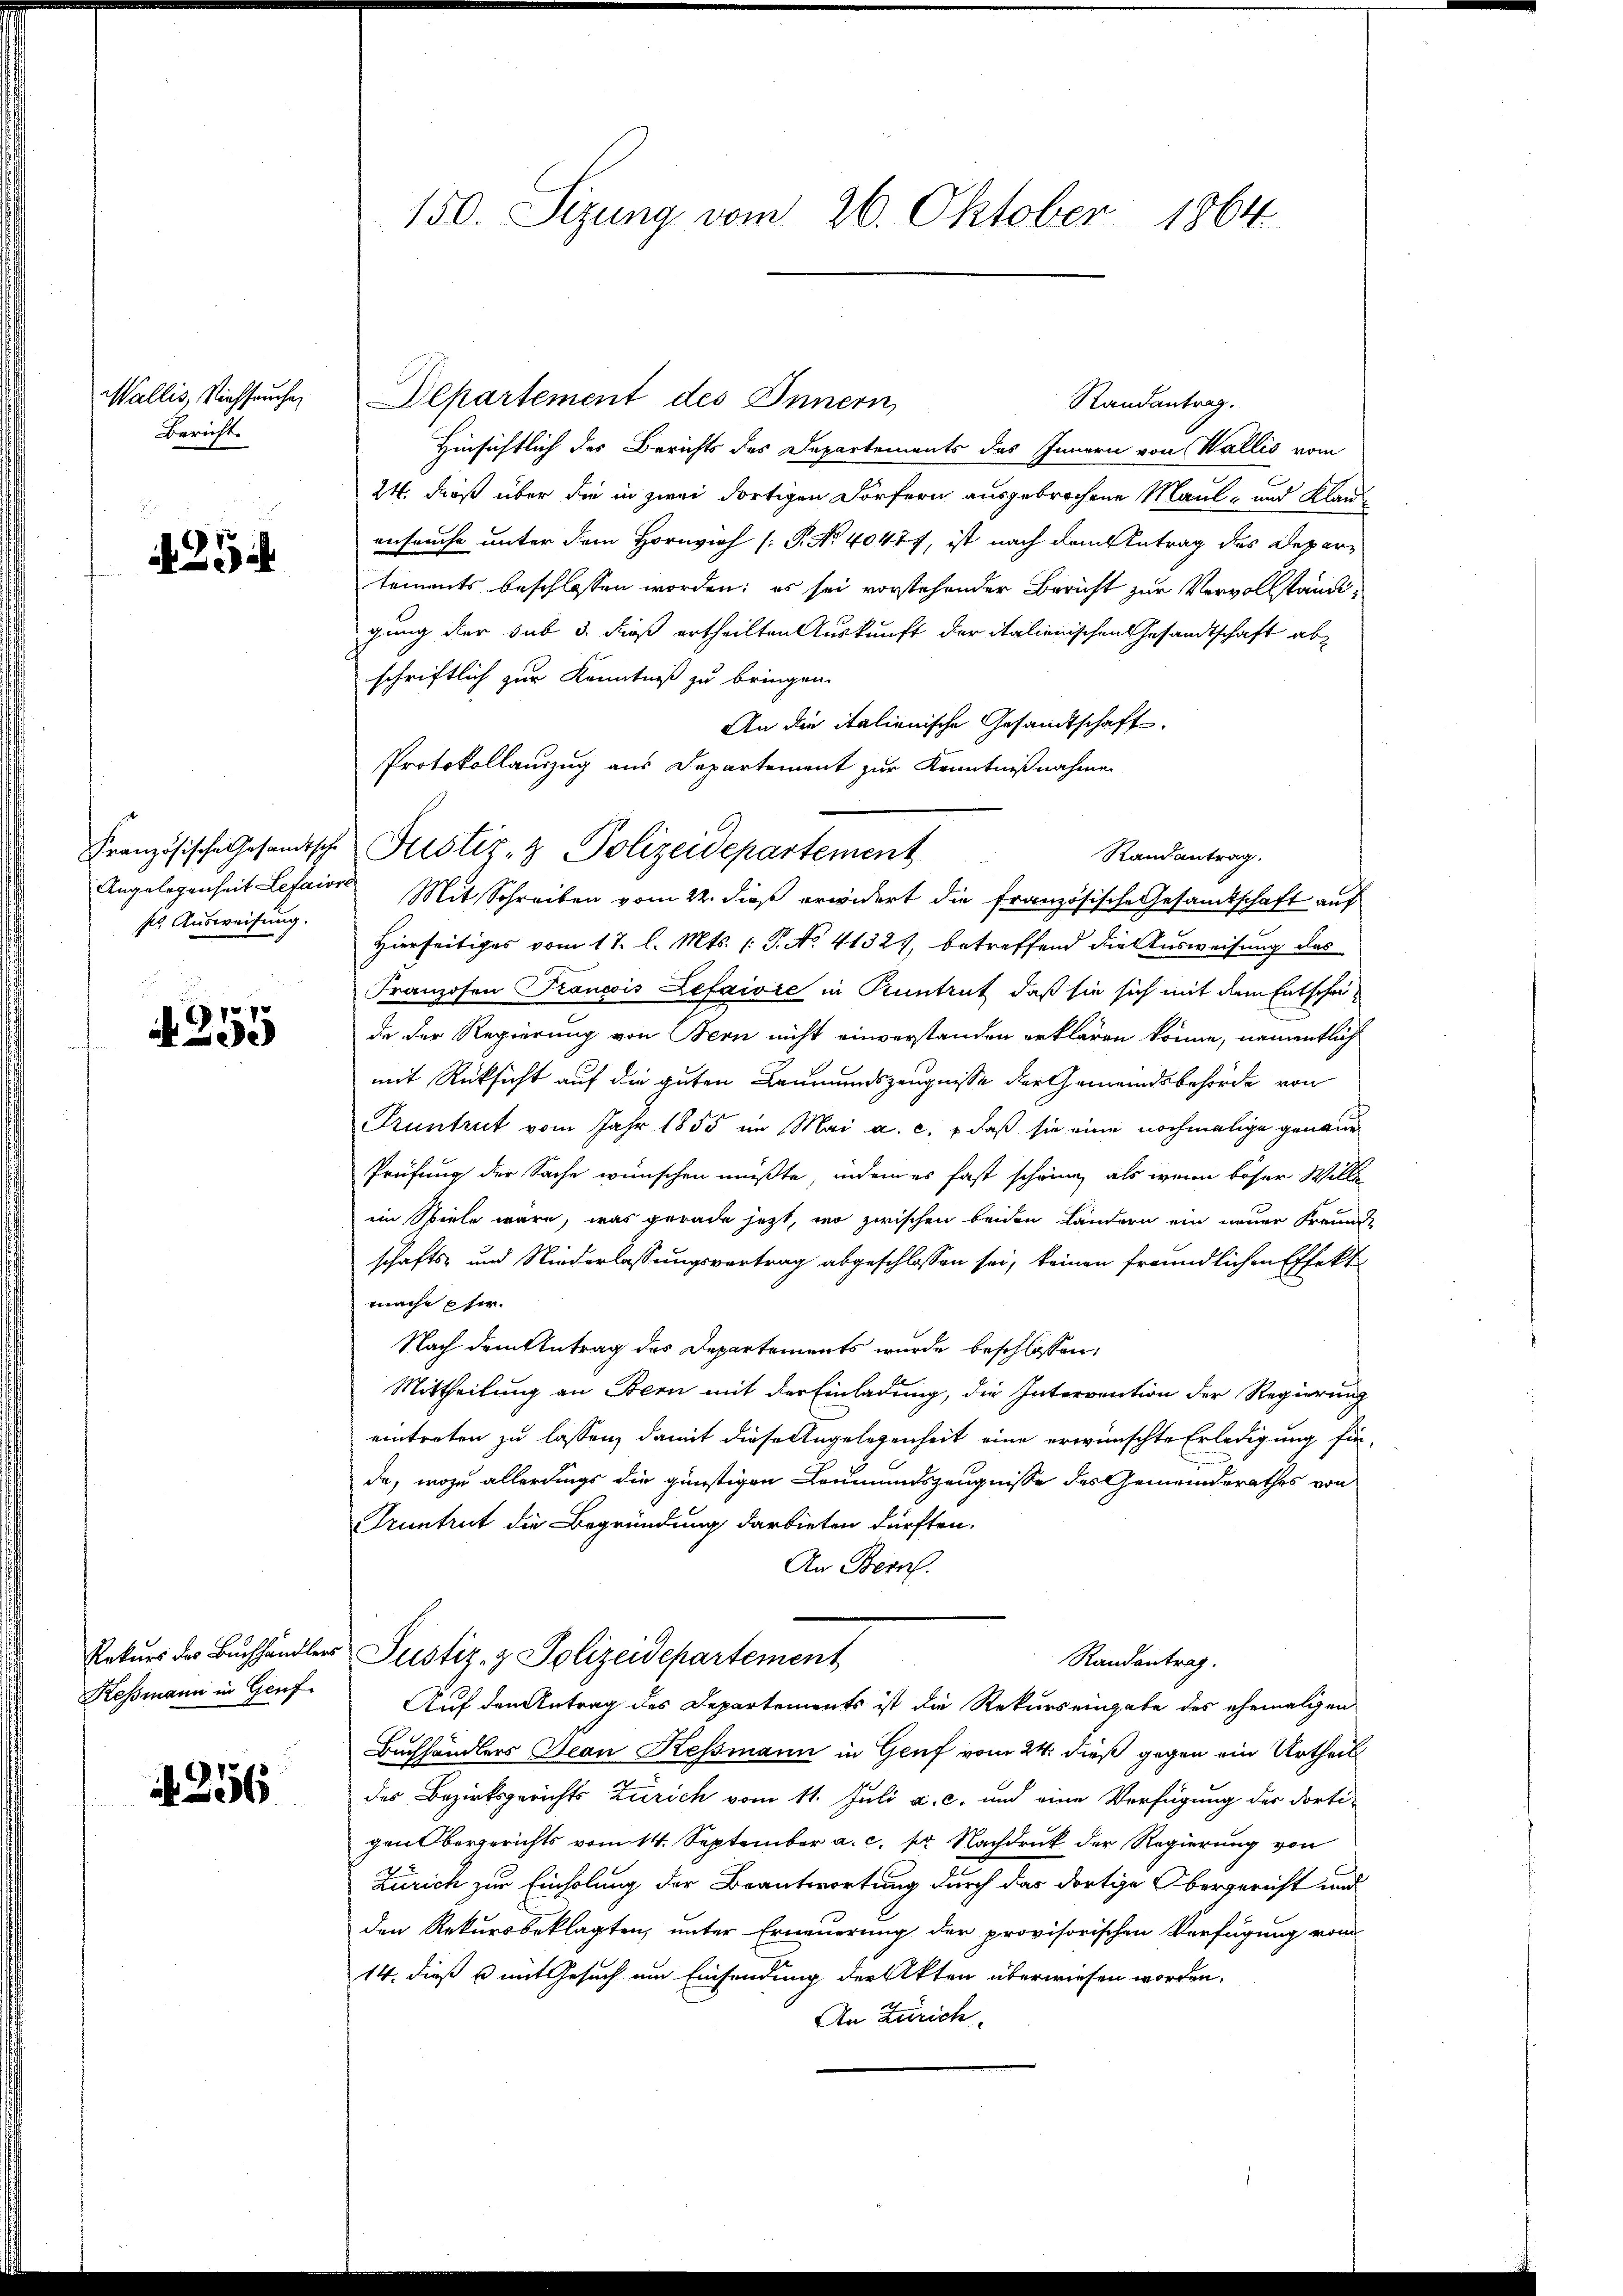
Wallis, Viehseuche
Bericht.

254

ser Ausweisung.

r

Ressmann in Genf

A 256

150. Sizung vom 26. Oktober 1864

Departement des Innern,
Randantrag.
Hinsichtlich des Berichts des Departements des Innern von Wallis vom
24. dieß über die in zwei dortigen Dörfern ausgebrochene Maul- und Klauenseuche unter dem Hornvieh (P. Nr. 40477, ist nach dem Antrag des Departements beschlossen worden; es sei vorstehender Bericht zur Vervollständigung der sub 3. dieß ertheilten Auskunft der italienischen Gesandtschaft abschriftlich zur Kenntniß zu bringen.
An die italienische Gesandtschaft.
Protokollauszug aus Departement zur Kenntnißnahme
Randantrag.
Angelegenheit Lefaior Mit Schreiben vom 22. dieß erwidert die französische Gesandtschaft auf
Hierseitiges vom 17. l. Mts. (: P. No. 41321, betreffend die Ausweisung das
Franzosen Trancois Lefaire in Kuntrut, daß sie sich mit dem Entscheida der Regierung von Bern nicht einverstanden erklären könne, namentlich
mit Rücksicht auf die guten Leumundszeugnisse der Gemeindsbehörde von
Pruntrut vom Jahr 1855 im Mai a. c. daß sie eine nochmalige genaue
Prüfung der Sache wünschen müßte, indem es fast schring, als wenn böser Willi
im Spiele wäre, was gerade jetzt, wo zwischen beiden Ländern ein neuer Freund-
schafts- und Niederlassungsvertrag abgeschlossen sei, keinen freundlichen Effekt
mache Eher.
Nach dem Antrag des Departements wurde beschlossen:
Mittheilung an Bern mit der Einladung, die Intervention der Regierung
eintreten zu lassen, damit diese Angelegenheit eine erwünschte Erledigung finda, wozu allerdings die günstigen Leumundszeugnisse des Gemeinderathes von
Truntrut die Begründung darbieten dürften.
An Bern.
Rekurs des Buchhändler Justiz- & Polizeidepartement
Randantrag.
Auf den Antrag des Departements ist die Rekurs eingabe des ehemaligen
Buchhändlers Jean Kessmann in Genf vom 24. dieß gegen ein Urtheil
des Bezirksgerichts Zürich vom 11. Juli a. c. und eine Verfügung der dorti-
gen Obergerichts vom 14. September a. c. pr. Nachdruck der Regierung von
Zürich zur Einholung der Beantwortung durch das dortige Obergericht und
den Rekursbeklagten, unter Erneuerung der provisorischen Verfügung vom
14. dieß u mit Gesuch um Einsendung der Akten überwiesen worden.
An Zürich.

Französische Gesandtsche Pristiz- & Polizeidepartement